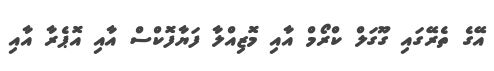
އޭގެ ތެރޭގައި ގޫގަލް ކްރޯމް އާއި މޮޒިއްލާ ފަޔާފޮކްސް އާއި އޮޕެރާ އާއި